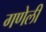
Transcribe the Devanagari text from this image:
गणेली